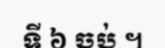
ទី ៦ ចប់ ។